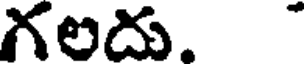
గలదు.